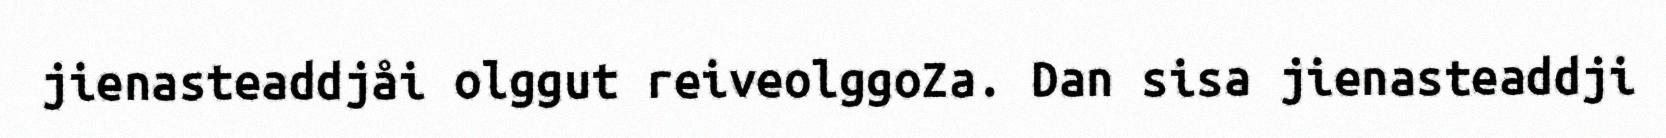
jienasteaddjåi olggut reiveolggoZa. Dan sisa jienasteaddji